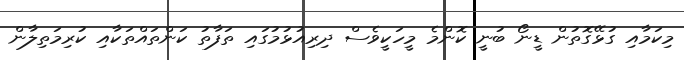
މިކަމާއި ގުޅޭގޮތުން ޑީނޯ ބުނީ ކޮންމެ މީހަކީވެސް ދިރިއުޅުމުގައި ތަފާތު ކަންތައްތަކާއި ކުރިމަތިލާން